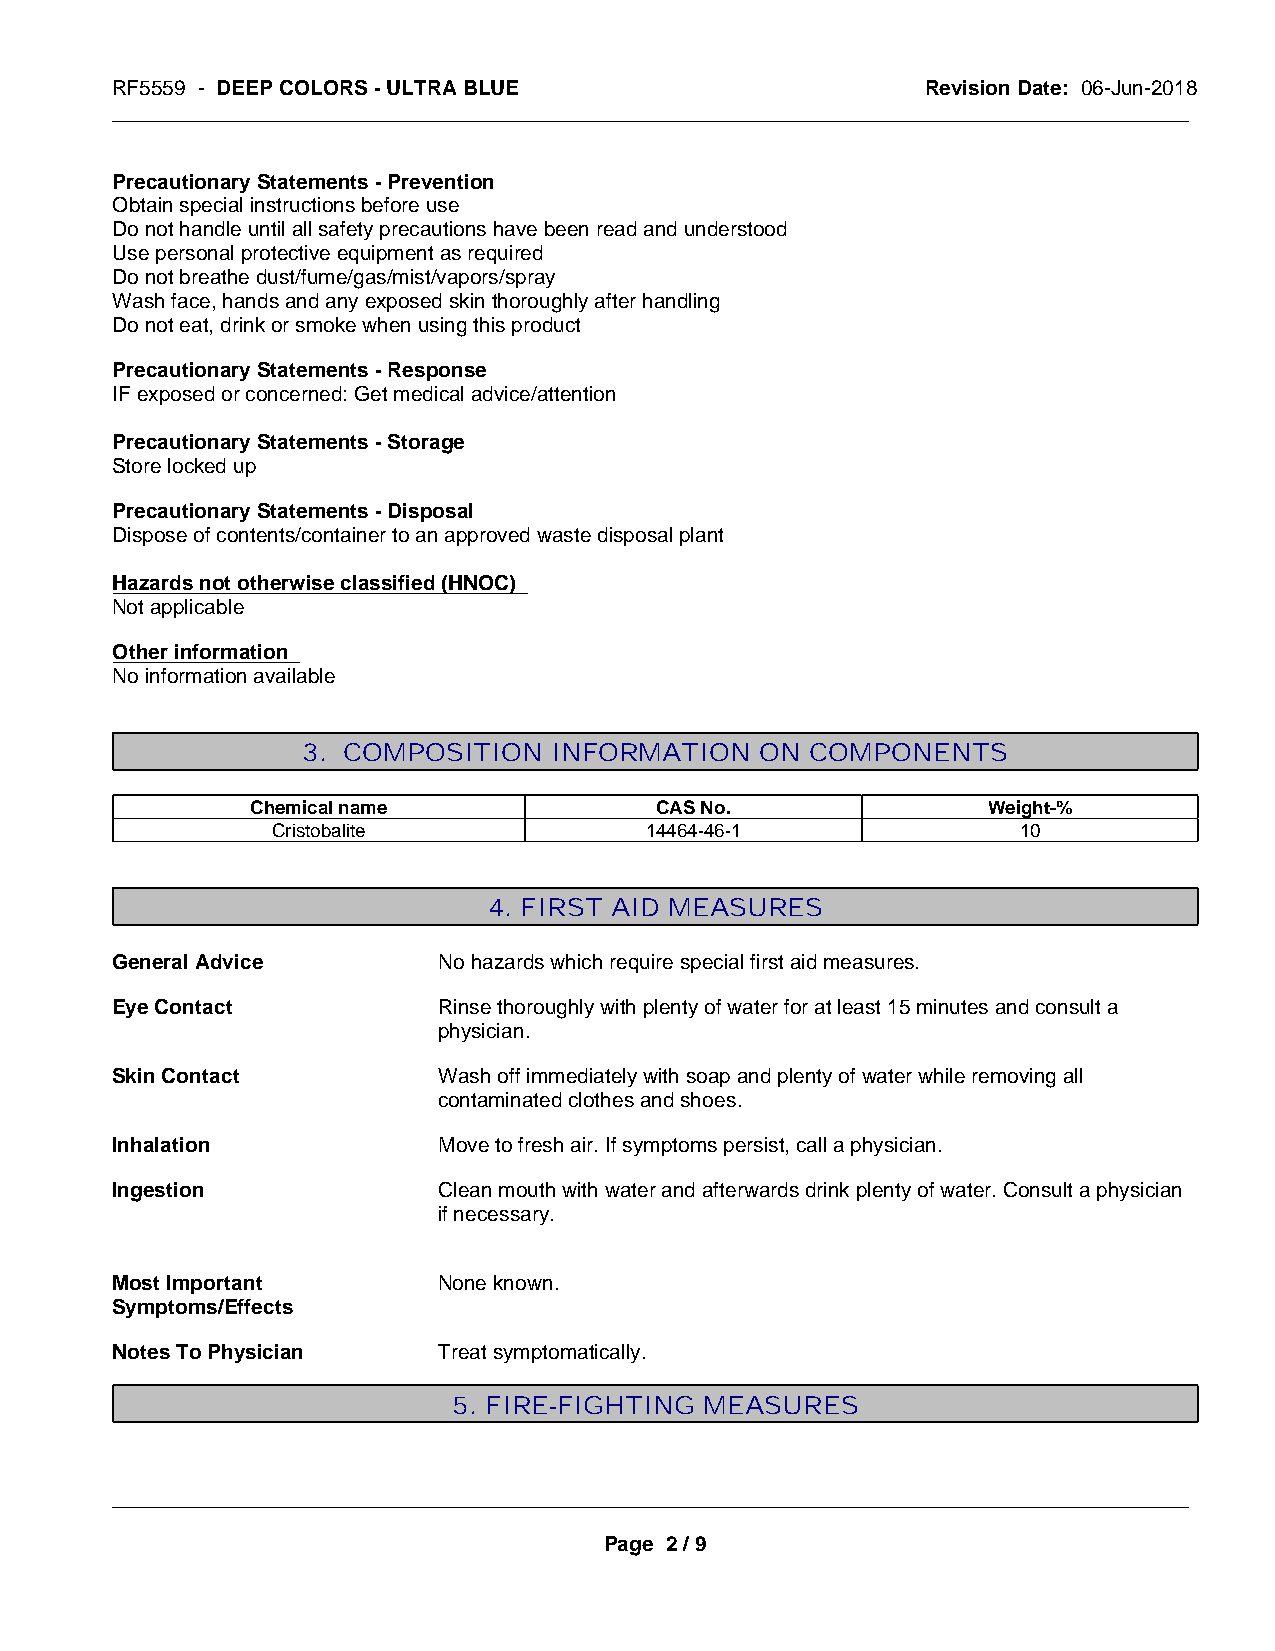
RF5559 - DEEP COLORS - ULTRA BLUE                     Revision Date: 06-Jun-2018
 _____________________________________________________________________________________________
 Precautionary Statements - Prevention
 Obtain special instructions before use
 Do not handle until all safety precautions have been read and understood
 Use personal protective equipment as required
 Do not breathe dust/fume/gas/mist/vapors/spray
 Wash face, hands and any exposed skin thoroughly after handling
 Do not eat, drink or smoke when using this product
 Precautionary Statements - Response
 IF exposed or concerned: Get medical advice/attention
 Precautionary Statements - Storage
 Store locked up
 Precautionary Statements - Disposal
 Dispose of contents/container to an approved waste disposal plant
 Hazards not otherwise classified (HNOC)
 Not applicable
 Other information
 No information available
 3. COMPOSITION   INFORMATION  ON  COMPONENTS
 Chemical name             CAS No.               Weight-%
 Cristobalite             14464-46-1               10
 4. FIRST AID MEASURES
 General Advice        No hazards which require special first aid measures.
 Eye Contact           Rinse thoroughly with plenty of water for at least 15 minutes and consult a
 physician.
 Skin Contact          Wash off immediately with soap and plenty of water while removing all
 contaminated clothes and shoes.
 Inhalation            Move to fresh air. If symptoms persist, call a physician.
 Ingestion             Clean mouth with water and afterwards drink plenty of water. Consult a physician
 if necessary.
 Most Important        None known.
 Symptoms/Effects
 Notes To Physician    Treat symptomatically.
 5. FIRE-FIGHTING MEASURES
 _____________________________________________________________________________________________
 Page 2 / 9